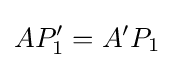
AP_{1}'=A'P_{1}